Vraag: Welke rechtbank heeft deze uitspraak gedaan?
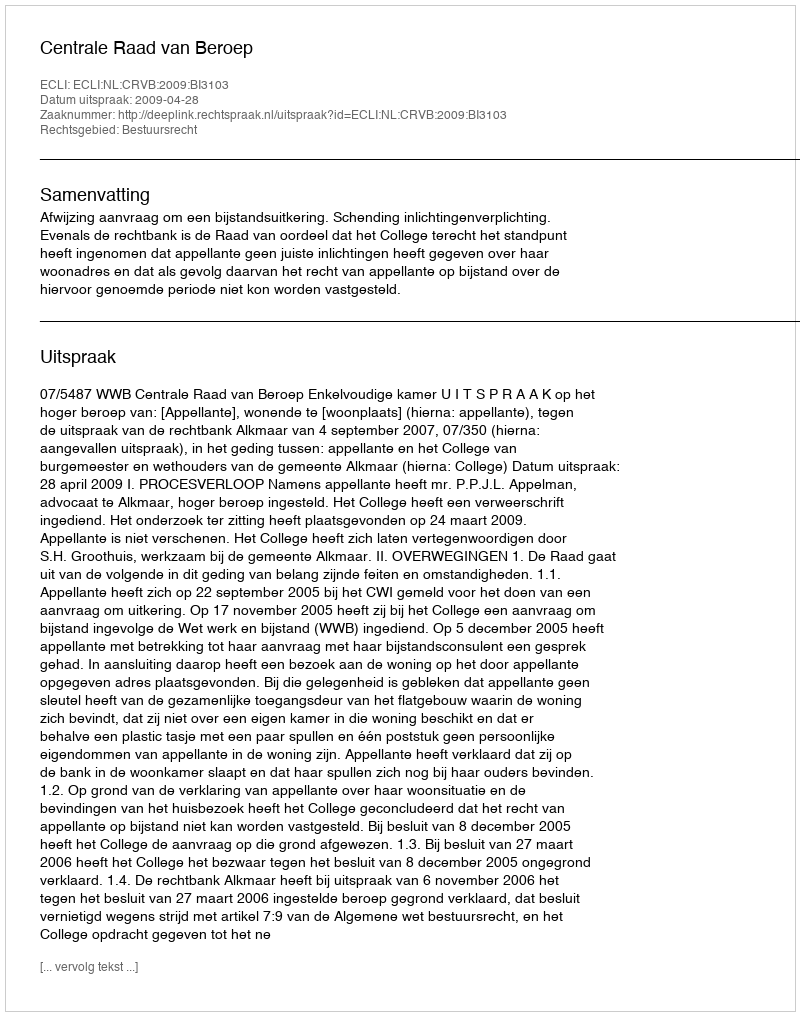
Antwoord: Centrale Raad van Beroep